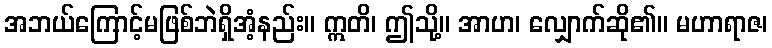
အဘယ်ကြောင့်မဖြစ်ဘဲရှိအံ့နည်း။ ဣတိ၊ ဤသို့။ အာဟ၊ လျှောက်ဆို၏။ မဟာရာဇ၊